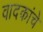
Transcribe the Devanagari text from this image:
वादकांचे